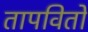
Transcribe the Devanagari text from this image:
तापवितो